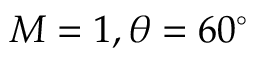
M = 1 , \theta = 6 0 ^ { \circ }